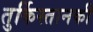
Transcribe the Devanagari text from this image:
तुर्किस्तानकी